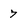
Character: 7